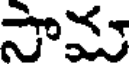
సామ